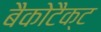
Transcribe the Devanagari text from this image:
बैकोटैक्ट